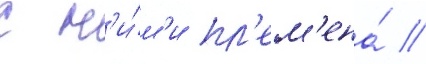
с н'и́м'и пл'ем'ена́ //